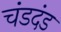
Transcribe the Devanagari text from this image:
चंडदंड